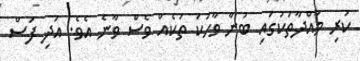
ކުރި މާއްދާތަކުގައި ބުނާ ވާހަކަ ތަކެއް ވެސް ވާނެ އެވެ. އަދި ފަސް